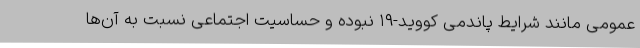
عمومی مانند شرایط پاندمی کووید-۱۹ نبوده و حساسیت اجتماعی نسبت به آن‌ها